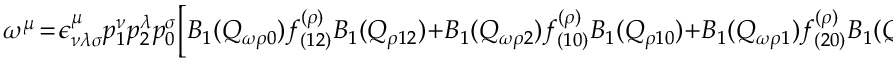
\omega ^ { \mu } \! = \! \epsilon _ { \nu \lambda \sigma } ^ { \mu } p _ { 1 } ^ { \nu } p _ { 2 } ^ { \lambda } p _ { 0 } ^ { \sigma } \Bigl [ B _ { 1 } ( Q _ { \omega \rho 0 } ) f _ { ( 1 2 ) } ^ { ( \rho ) } B _ { 1 } ( Q _ { \rho 1 2 } ) + B _ { 1 } ( Q _ { \omega \rho 2 } ) f _ { ( 1 0 ) } ^ { ( \rho ) } B _ { 1 } ( Q _ { \rho 1 0 } ) + B _ { 1 } ( Q _ { \omega \rho 1 } ) f _ { ( 2 0 ) } ^ { ( \rho ) } B _ { 1 } ( Q _ { \rho 2 0 } ) \Bigr ]